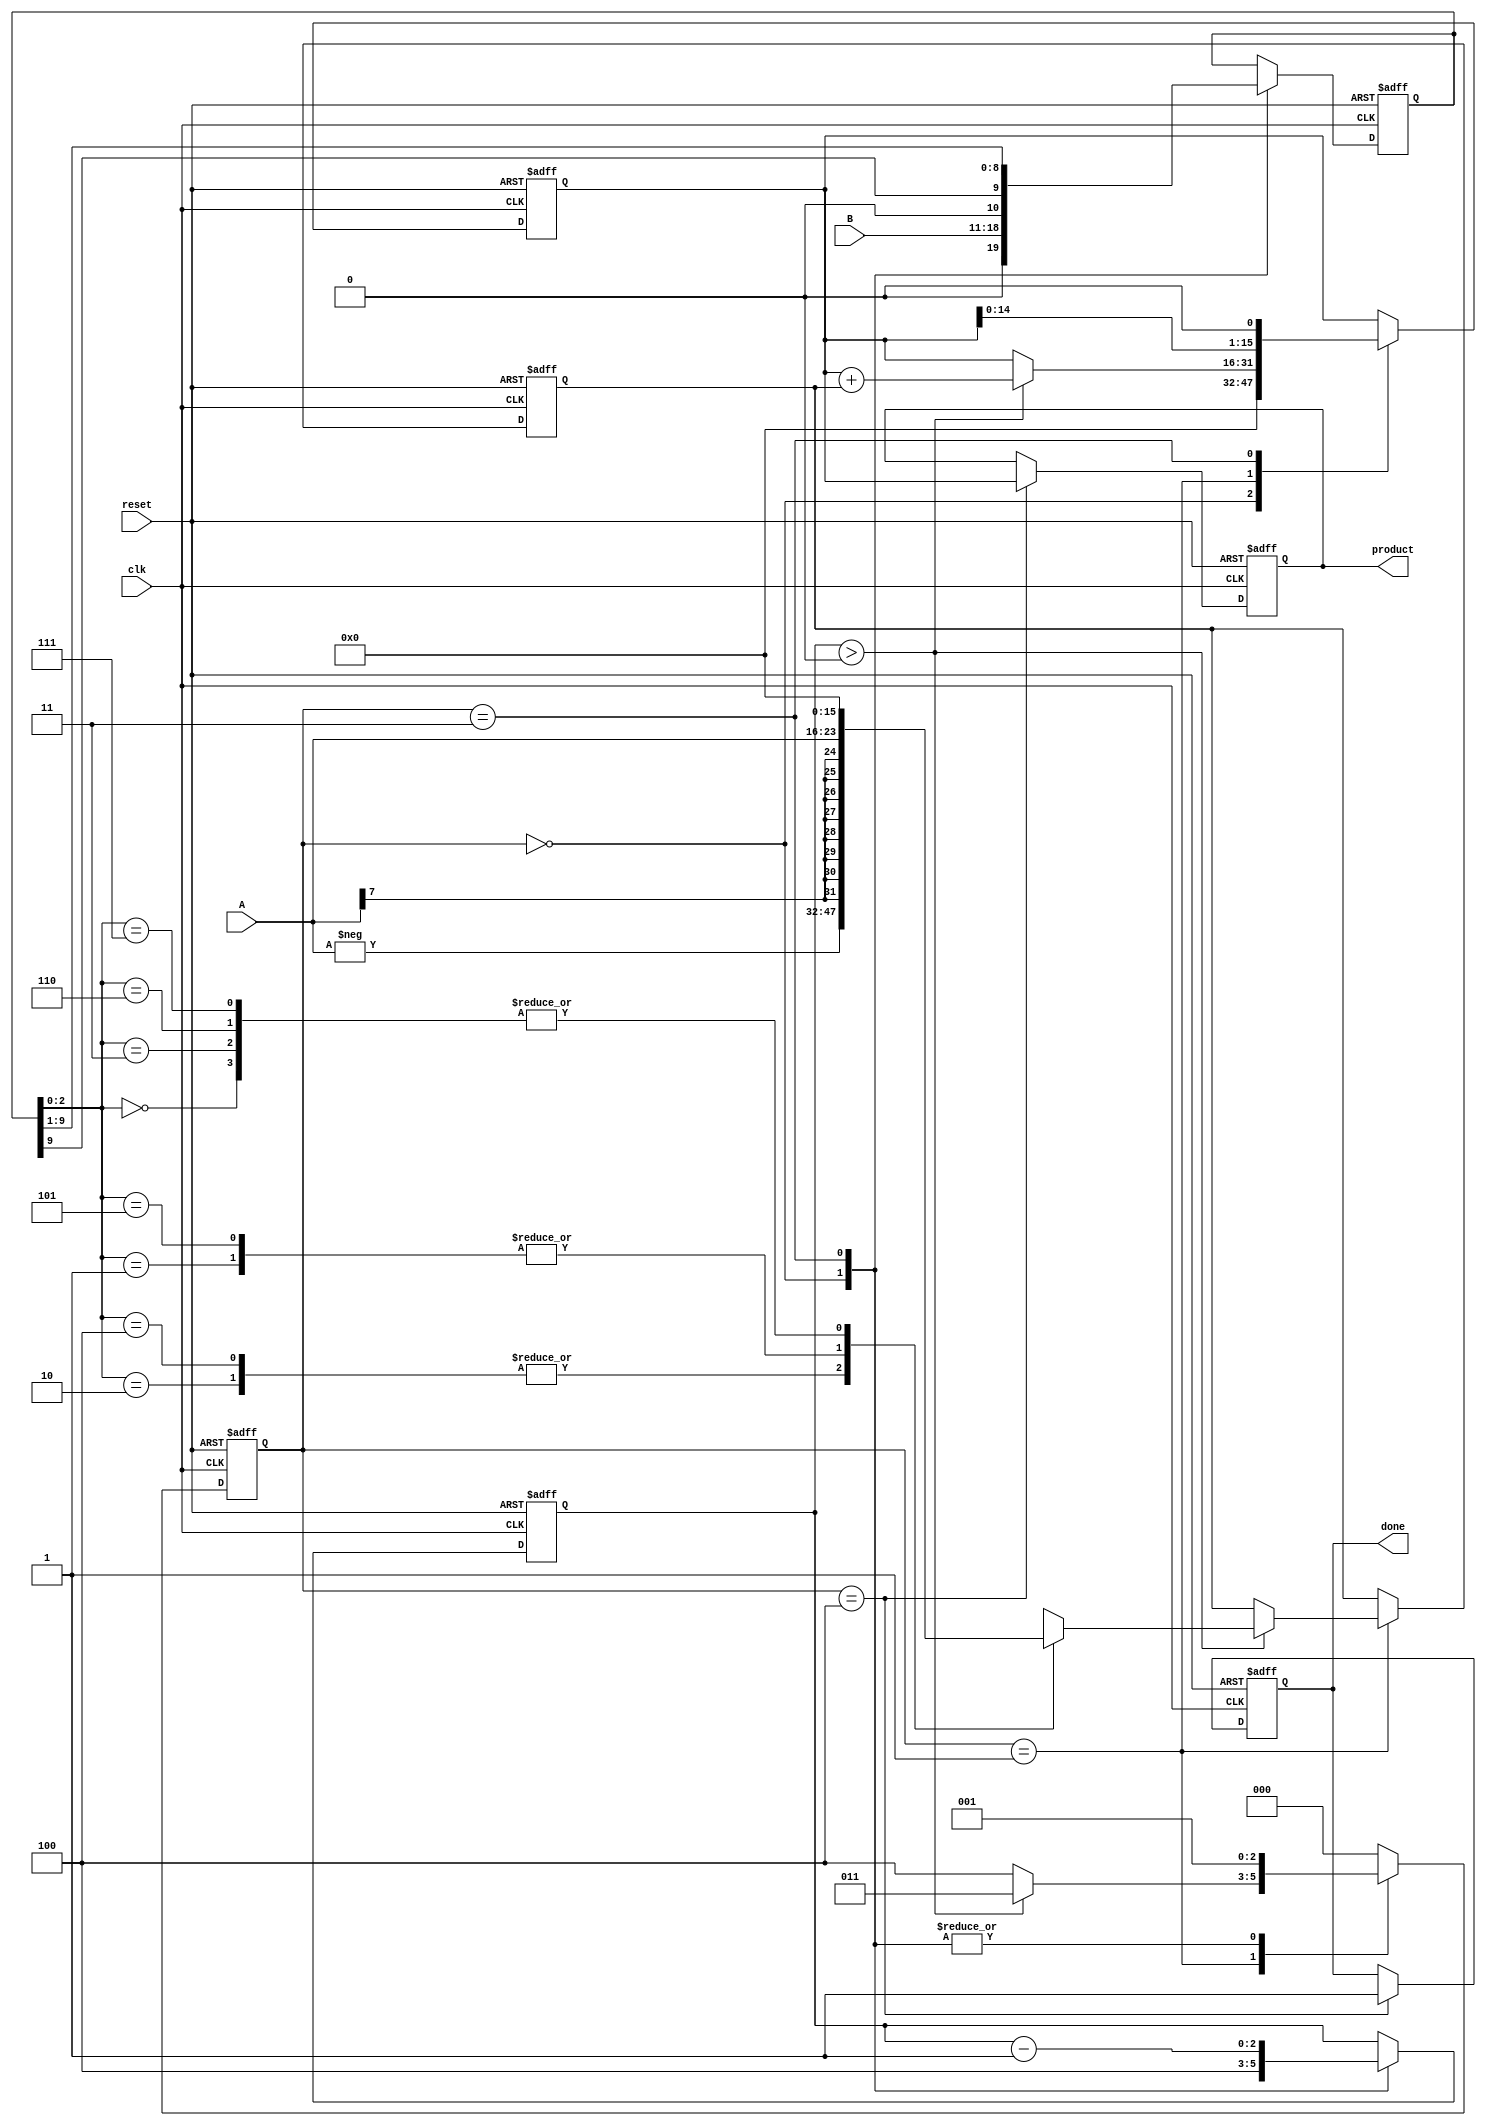
module modified_booth_multiplier #(parameter N = 8) (
    input wire clk,
    input wire reset,
    input wire signed [N-1:0] A, // Multiplicand
    input wire signed [N-1:0] B, // Multiplier
    output reg signed [2*N-1:0] product, // Product
    output reg done // Completion flag
);
    
    reg [N+1:0] B_reg; // Extended B register for encoding
    reg signed [2*N-1:0] pp; // Partial product
    reg signed [2*N-1:0] accumulator; // Accumulator
    reg [2:0] state; // State for FSM
    reg [2:0] count; // Counter for iterations

    // State encoding
    localparam IDLE = 3'b000,
               START = 3'b001,
               CALCULATE = 3'b010,
               SHIFT = 3'b011,
               DONE = 3'b100;

    // Booth encoding and partial product generation
    always @(posedge clk or posedge reset) begin
        if (reset) begin
            product <= 0;
            accumulator <= 0;
            B_reg <= 0;
            pp <= 0;
            state <= IDLE;
            count <= 0;
            done <= 0;
        end else begin
            case (state)
                IDLE: begin
                    // Load B into the register
                    B_reg <= {1'b0, B, 1'b0}; // Extend B with an extra bit
                    accumulator <= 0;
                    count <= (N + 1) / 2; // Number of iterations
                    state <= START;
                end
                
                START: begin
                    if (count > 0) begin
                        pp <= 0; // Clear partial product
                        // Booth encoding
                        case (B_reg[2:0])
                            3'b000: pp <= 0; // 00 -> 0
                            3'b001: pp <= A; // 01 -> +A
                            3'b010: pp <= -A; // 10 -> -A
                            3'b011: pp <= 0; // 11 -> 0
                            3'b100: pp <= -A; // 10 -> -A (shifted)
                            3'b101: pp <= A; // 01 -> +A (shifted)
                            3'b110: pp <= 0; // 00 -> 0
                            3'b111: pp <= 0; // 11 -> 0
                        endcase

                        // Update accumulator
                        accumulator <= accumulator + pp;
                        state <= SHIFT;
                    end else begin
                        state <= DONE; // Move to done state
                    end
                end
                
                SHIFT: begin
                    // Shift accumulator and B_reg
                    accumulator <= {accumulator[2*N-2:0], 1'b0}; // Shift left
                    B_reg <= {B_reg[N+1], B_reg[N+1:1]}; // Shift right
                    count <= count - 1; // Decrement count
                    state <= START; // Go back to start
                end
                
                DONE: begin
                    product <= accumulator; // Final product
                    done <= 1; // Indicate done
                    state <= IDLE; // Reset state
                end
                
                default: state <= IDLE; // Default state
            endcase
        end
    end
endmodule